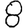
Digit: 8